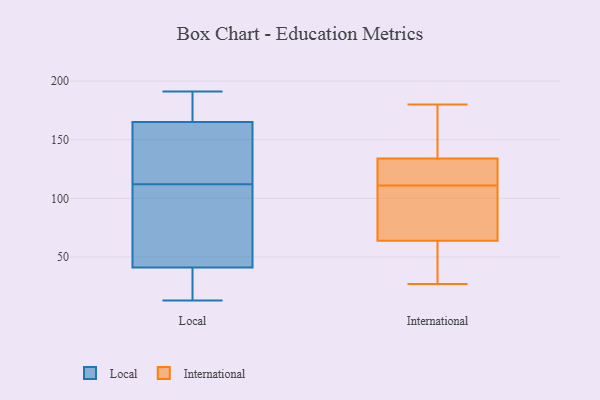
{"axis": {"x": "Demand Index", "y": "Value"}, "legend": ["International", "Local"], "data": [{"x": "", "y": 118, "type": "Local"}, {"x": "", "y": 37, "type": "Local"}, {"x": "", "y": 75, "type": "Local"}, {"x": "", "y": 137, "type": "Local"}, {"x": "", "y": 73, "type": "Local"}, {"x": "", "y": 32, "type": "Local"}, {"x": "", "y": 171, "type": "Local"}, {"x": "", "y": 13, "type": "Local"}, {"x": "", "y": 184, "type": "Local"}, {"x": "", "y": 134, "type": "Local"}, {"x": "", "y": 39, "type": "Local"}, {"x": "", "y": 175, "type": "Local"}, {"x": "", "y": 117, "type": "Local"}, {"x": "", "y": 159, "type": "Local"}, {"x": "", "y": 35, "type": "Local"}, {"x": "", "y": 43, "type": "Local"}, {"x": "", "y": 171, "type": "Local"}, {"x": "", "y": 104, "type": "Local"}, {"x": "", "y": 107, "type": "Local"}, {"x": "", "y": 191, "type": "Local"}, {"x": "", "y": 161, "type": "International"}, {"x": "", "y": 127, "type": "International"}, {"x": "", "y": 111, "type": "International"}, {"x": "", "y": 27, "type": "International"}, {"x": "", "y": 35, "type": "International"}, {"x": "", "y": 155, "type": "International"}, {"x": "", "y": 113, "type": "International"}, {"x": "", "y": 120, "type": "International"}, {"x": "", "y": 44, "type": "International"}, {"x": "", "y": 91, "type": "International"}, {"x": "", "y": 76, "type": "International"}, {"x": "", "y": 96, "type": "International"}, {"x": "", "y": 120, "type": "International"}, {"x": "", "y": 64, "type": "International"}, {"x": "", "y": 63, "type": "International"}, {"x": "", "y": 164, "type": "International"}, {"x": "", "y": 180, "type": "International"}]}